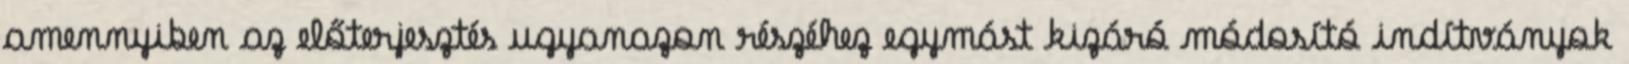
amennyiben az előterjesztés ugyanazon részéhez egymást kizáró módosító indítványok